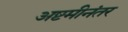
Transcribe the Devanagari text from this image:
अष्टमीनंतर